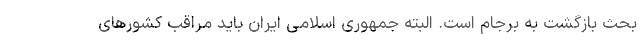
بحث بازگشت به برجام است. البته جمهوری اسلامی ایران باید مراقب کشورهای